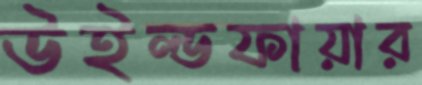
উইল্ডফায়ার